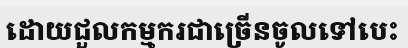
ដោយជួលកម្មករជាច្រើនចូលទៅបេះ